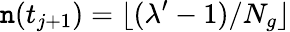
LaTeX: \mathtt{n}(t_{j+1})=\lfloor(\lambda^{\prime}-1)/N_{g}\rfloor